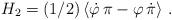
LaTeX: \begin{align*}H_2=(1/2)\left\langle \dot{\varphi}\,\pi -\varphi \,\dot{\pi}\right\rangle\,.\end{align*}